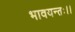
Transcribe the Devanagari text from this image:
भावयन्तः।।